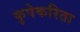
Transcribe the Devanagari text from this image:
कृपेकरिता